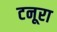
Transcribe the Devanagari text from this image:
टनूरा